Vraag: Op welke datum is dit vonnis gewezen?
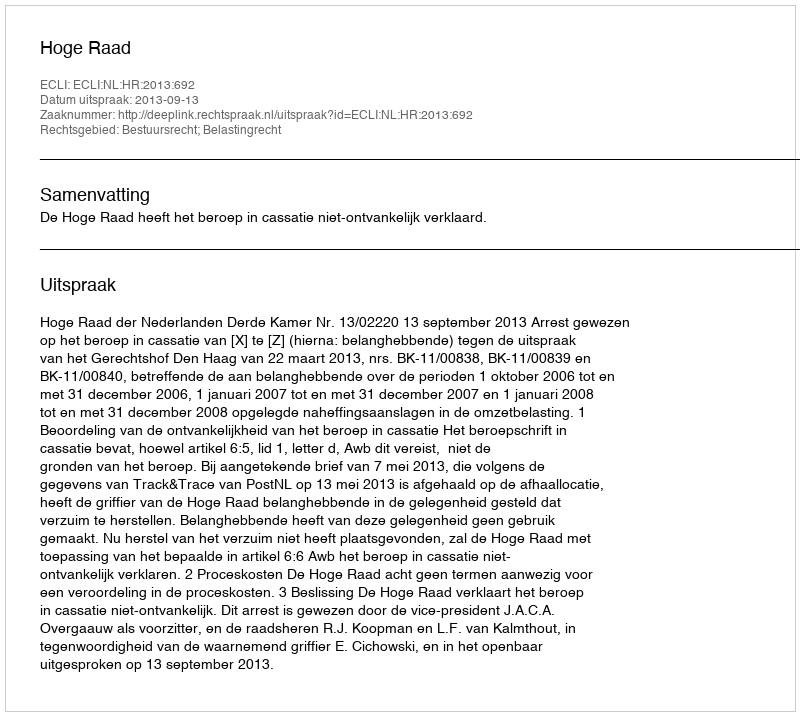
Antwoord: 2013-09-13